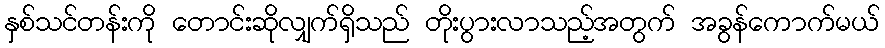
နှစ်သင်တန်းကို တောင်းဆိုလျှက်ရှိသည် တိုးပွားလာသည့်အတွက် အခွန်ကောက်မယ်